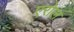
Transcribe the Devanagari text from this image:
एरोल